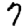
Digit: 7